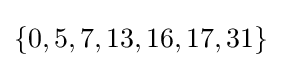
\{0,5,7,13,16,17,31\}